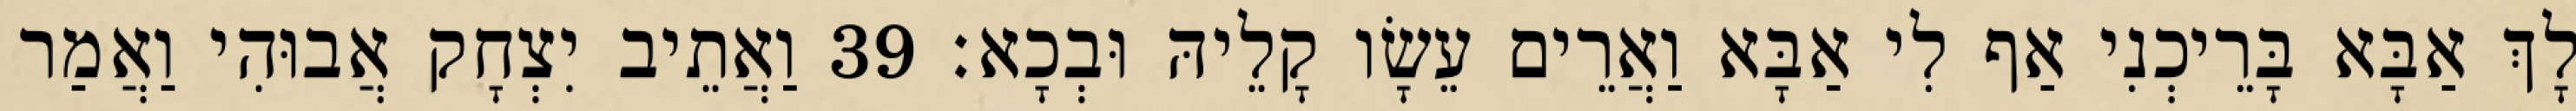
לָךְ אַבָּא בָּרֵיכְנִי אַף לִי אַבָּא וַאֲרֵים עֵשָׂו קָלֵיהּ וּבְכָא׃ 39 וַאֲתֵיב יִצְחָק אֲבוּהִי וַאֲמַר